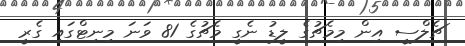
ޗެލްސީ އިން މިމެޗުގެ ލީޑު ނެގީ މެޗުގެ 81 ވަނަ މިނިޓްގައި ގެރީ